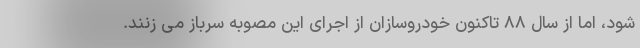
شود، اما از سال ۸۸ تاکنون خودروسازان از اجرای این مصوبه سرباز می زنند.